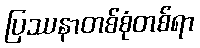
ပြဿနာတစ်စုံတစ်ရာ